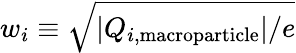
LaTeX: w_{i}\equiv\sqrt{|Q_{i,\mathrm{macroparticle}}|/e}